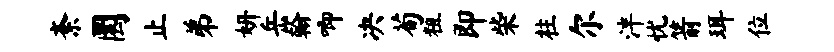
紊圜止弟妍岳翰唧决荀粗即柴柱尔泮忧箭珥位